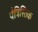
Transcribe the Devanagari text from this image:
पैत्रिस्तिक